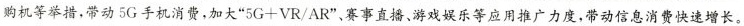
购机等举措，带动5G手机消费，加大”$$5 G + V R / A R$$”、赛事直播、游戏娱乐等应用推广力度，带动信息消费快速增长。